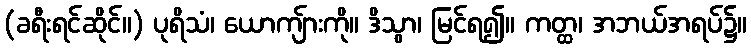
(ခရီးရင်ဆိုင်။) ပုရိသံ၊ ယောကျ်ားကို။ ဒိသွာ၊ မြင်ရ၍။ ကတ္ထ၊ အဘယ်အရပ်၌။